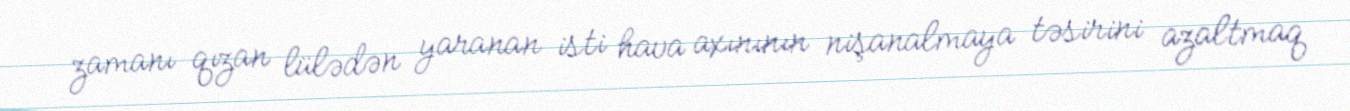
zamanı qızan lülədən yaranan isti hava axınının nişanalmaya təsirini azaltmaq